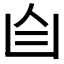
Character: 𦣹